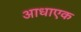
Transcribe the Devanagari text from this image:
आधाएक